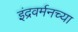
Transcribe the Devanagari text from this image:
इंद्रवर्मनच्या